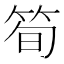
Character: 筍